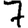
Digit: 7